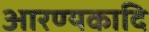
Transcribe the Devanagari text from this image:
आरण्यकादि